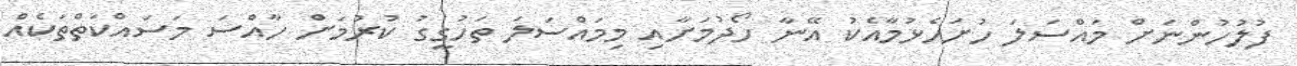
ފުލުހުންނަށް މައްސަލަ ހުށަހެޅުމާއެކު އޭނާ ހޯދުމަށާއި މިމައްސަލަ ތަހުގީގު ކުރުމަށް ހާއްސަ މަސައްކަތްތަކެއް